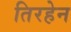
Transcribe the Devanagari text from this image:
तिरहेन